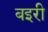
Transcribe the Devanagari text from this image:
बइरी